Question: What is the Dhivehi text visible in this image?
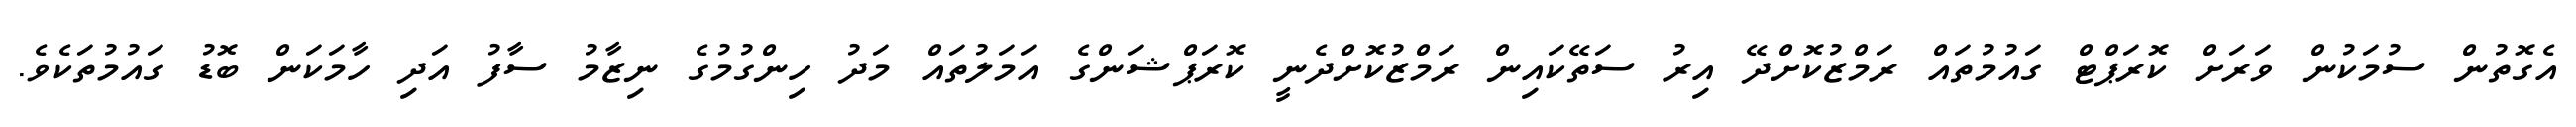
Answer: އެގޮތުން ސުމަކުން ވަރަށް ކޮރަޕްޓް ގައުމުތައް ރަމްޒުކޮށްދޭ އިރު ސަތޭކައިން ރަމްޒުކޮށްދެނީ ކޮރަޕްޝަންގެ އަމަލުތައް މަދު ހިންގުމުގެ ނިޒާމު ސާފު އަދި ހާމަކަން ބޮޑު ގައުމުތަކެވެ.